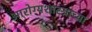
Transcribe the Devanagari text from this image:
आरोग्यशास्त्राच्या